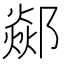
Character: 𨞇